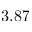
3 . 8 7